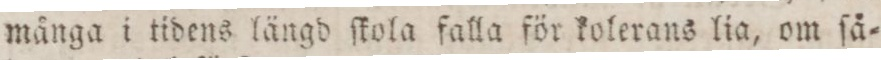
många i tidens längd ſtola falla för kolerans lia, om ſå=